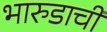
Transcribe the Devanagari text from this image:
भारुडाची